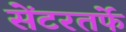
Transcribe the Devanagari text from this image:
सेंटरतर्फे